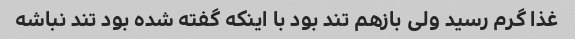
غذا گرم رسید ولی بازهم تند بود با اینکه گفته شده بود تند نباشه